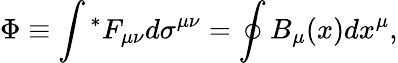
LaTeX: \Phi\equiv\int{}^{*}F_{\mu\nu}d\sigma^{\mu\nu}=\oint B_{\mu}(x)dx^{\mu},